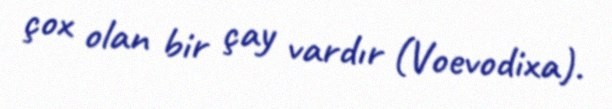
çox olan bir çay vardır (Voevodixa).